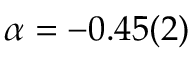
\alpha = - 0 . 4 5 ( 2 )